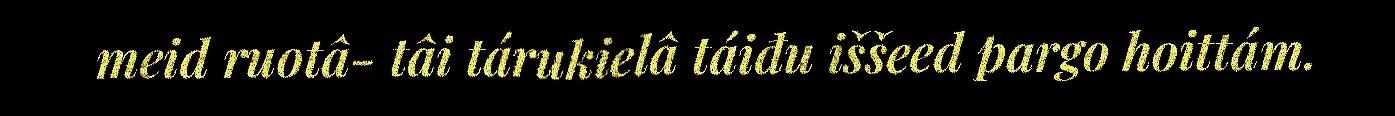
meid ruotâ- tâi tárukielâ táiđu iššeed pargo hoittám.